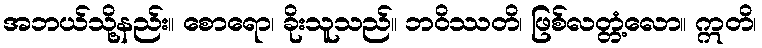
အဘယ်သို့နည်း။ စောရော၊ ခိုးသူသည်။ ဘဝိဿတိ၊ ဖြစ်လတ္တံ့လော။ ဣတိ၊